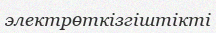
электрөткізгіштікті